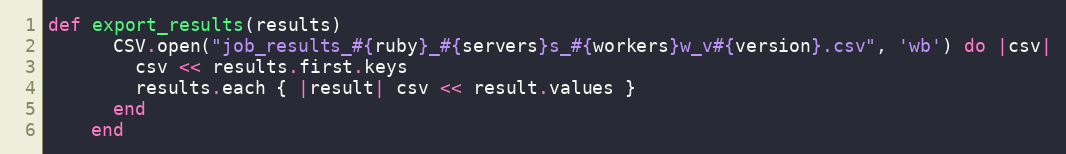
Language: Ruby
def export_results(results)
      CSV.open("job_results_#{ruby}_#{servers}s_#{workers}w_v#{version}.csv", 'wb') do |csv|
        csv << results.first.keys
        results.each { |result| csv << result.values }
      end
    end